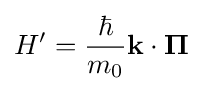
H'={\frac {\hbar }{m_{0}}}\mathbf {k} \cdot \mathbf {\Pi }